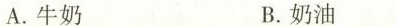
A.牛奶 B.奶油